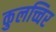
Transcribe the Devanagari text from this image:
कुलच्चिर